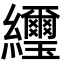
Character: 䌳